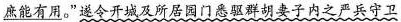
庶能有用}。遂令开城及所居园门悉驱群胡妻子内之严兵守卫